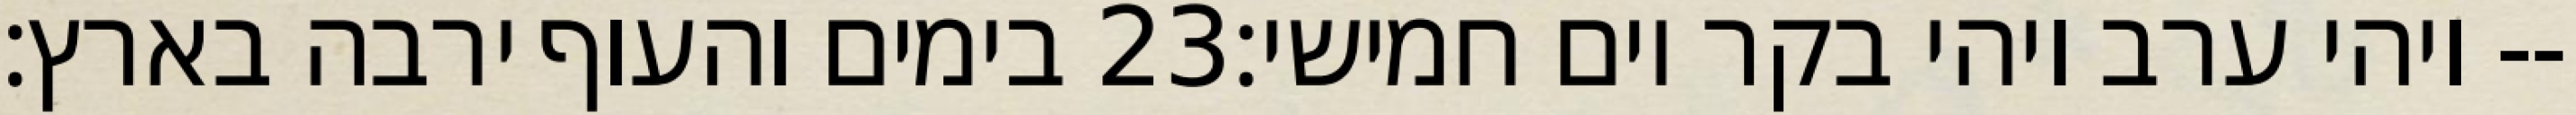
בימים והעוף ירבה בארץ׃ ‎23‏ ויהי ערב ויהי בקר יום חמישי׃--